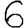
Digit: 6